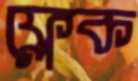
ফ্লেক